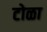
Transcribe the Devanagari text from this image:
टोळा